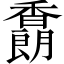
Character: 𩡜